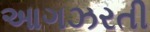
આગઝરતી